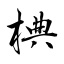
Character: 椣